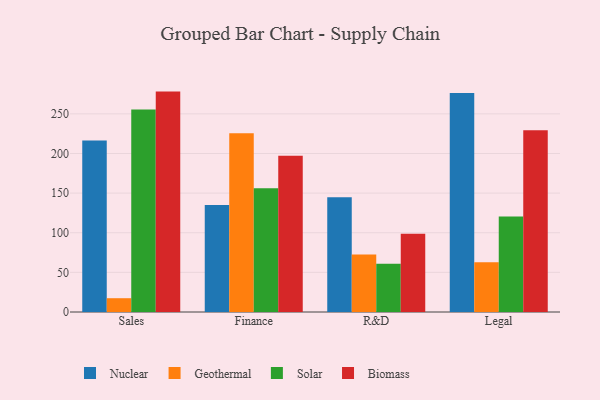
{"axis": {"x": "Department", "y": "Tickets Resolved"}, "legend": ["Biomass", "Geothermal", "Nuclear", "Solar"], "data": [{"x": "Sales", "y": 216.5, "type": "Nuclear"}, {"x": "Sales", "y": 17.4, "type": "Geothermal"}, {"x": "Sales", "y": 255.5, "type": "Solar"}, {"x": "Sales", "y": 278.1, "type": "Biomass"}, {"x": "Finance", "y": 135.0, "type": "Nuclear"}, {"x": "Finance", "y": 225.7, "type": "Geothermal"}, {"x": "Finance", "y": 156.3, "type": "Solar"}, {"x": "Finance", "y": 197.3, "type": "Biomass"}, {"x": "R&D", "y": 144.8, "type": "Nuclear"}, {"x": "R&D", "y": 72.7, "type": "Geothermal"}, {"x": "R&D", "y": 60.9, "type": "Solar"}, {"x": "R&D", "y": 98.7, "type": "Biomass"}, {"x": "Legal", "y": 276.3, "type": "Nuclear"}, {"x": "Legal", "y": 62.8, "type": "Geothermal"}, {"x": "Legal", "y": 120.5, "type": "Solar"}, {"x": "Legal", "y": 229.4, "type": "Biomass"}]}